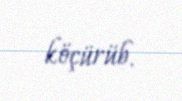
köçürüb.